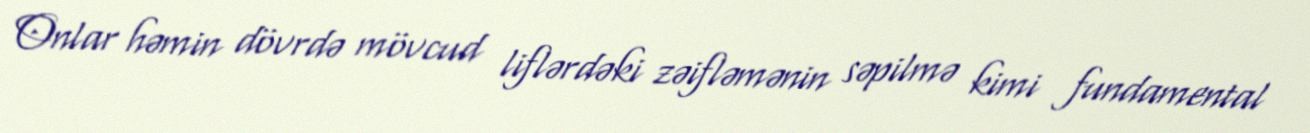
Onlar həmin dövrdə mövcud liflərdəki zəifləmənin səpilmə kimi fundamental